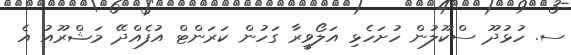
ސ. ހުޅުދޫ ސްކޫލުން ހުށަހެޅި އަލޯވީރާ ގަހުން ކަރަންޓް އުފެއްދޭ މަޝްރޫއު އެ